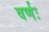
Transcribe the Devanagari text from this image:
वर्णः